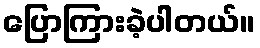
ပြောကြားခဲ့ပါတယ်။